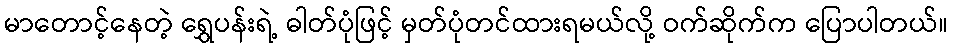
မာတောင့်နေတဲ့ ရွှေပန်းရဲ့ ဓါတ်ပုံဖြင့် မှတ်ပုံတင်ထားရမယ်လို့ ဝက်ဆိုက်က ပြောပါတယ်။